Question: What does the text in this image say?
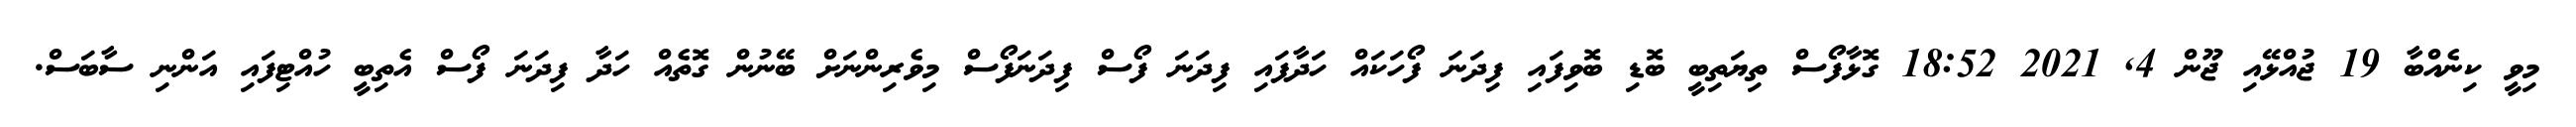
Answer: މިވީ ކިނެއްބާ 19 ޖުއްޅޭއި ޖޫން 4, 2021 18:52 ގޮޅާފޯސް ތިޔަތިބީ ބޮޑި ބޮވިފައި ފިދަނަ ފޯހަކައް ހަދާފައި ފިދަނަ ފޯސް ފިދަނަފޯސް މިވެރިންނަށް ބޭނުން ގޮތެއް ހަދާ ފިދަނަ ފޯސް އެތިބީ ހުއްޓިފައި އަންނި ސާބަސް.